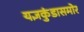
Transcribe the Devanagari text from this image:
यज्ञकुंडासमोर